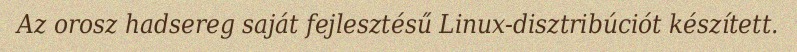
Az orosz hadsereg saját fejlesztésű Linux-disztribúciót készített.